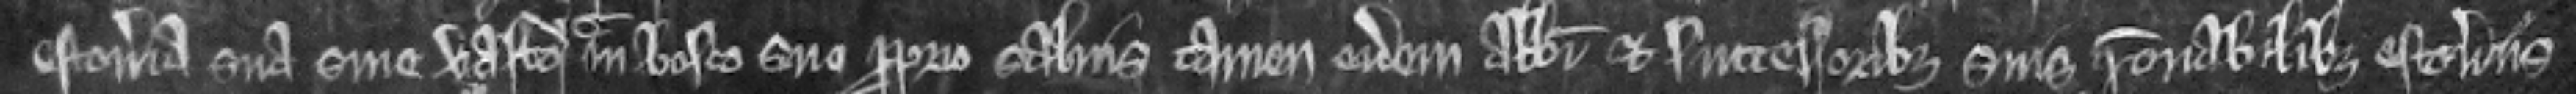
estoveria sua sine vasto ut in bosco suo proprio salvis tamen eidem Abbati et successoribus suis racionabilibus estoveriis